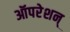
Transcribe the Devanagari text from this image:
ऑपरेशन्